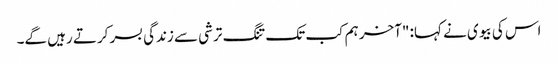
اس کی بیوی نے کہا: "آخر ہم کب تک تنگ ترشی سے زندگی بسر کرتے رہیں گے۔